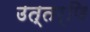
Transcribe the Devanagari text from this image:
उत्तर्णि